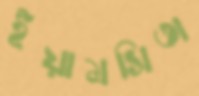
ইয়ামসিতা